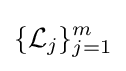
\{{\mathcal {L}}_{j}\}_{j=1}^{m}